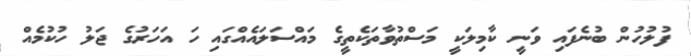
ފުލުހުން ބުނެފައި ވަނީ ކާމިލަކީ މަސްތުވާތަކެތީގެ މައްސަލައެއްގައި ހަ އަހަރުގެ ޖަލު ހުކުމެއް